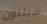
شيلتون